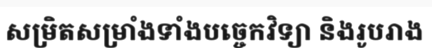
សម្រិតសម្រាំងទាំងបច្ចេកវិទ្យា និងរូបរាង